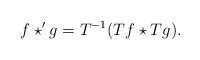
\begin{align*} f \star' g = T^{-1}(Tf \star Tg).\end{align*}